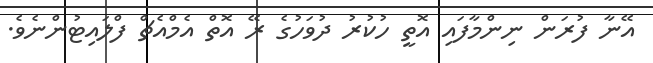
އޭނާ ފުރަން ނިންމާފައި އޮތީ ހުކުރު ދުވަހުގެ ރޭ އޮތް އެމްއެޗް ފްލައިޓުންނެވެ.